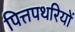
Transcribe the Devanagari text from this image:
पित्तपथरियों